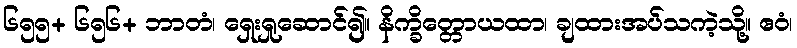
၆၅၅+ ၆၅၆+ ဘာတံ၊ ရှေးရှုဆောင်၍။ နိက္ခိတ္တောယထာ၊ ချထားအပ်သကဲ့သို့။ ဧဝံ၊